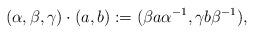
LaTeX: \begin{align*}(\alpha,\beta,\gamma)\cdot(a,b):=(\beta a\alpha^{-1},\gamma b\beta^{-1}),\end{align*}